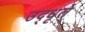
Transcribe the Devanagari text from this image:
उद्‌धृते